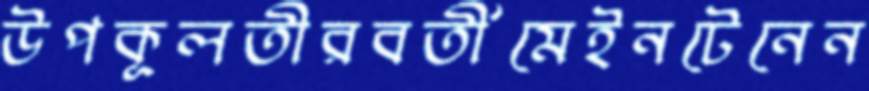
উপকূলতীরবর্তীমেইনটেনেন